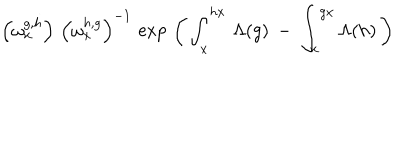
LaTeX: \left( \omega _ { x } ^ { g , h } \right) \, \left( \omega _ { x } ^ { h , g } \right) ^ { - 1 } \, \exp \, \left( \, \int _ { x } ^ { h x } \, \Lambda ( g ) \: - \: \int _ { x } ^ { g x } \Lambda ( h ) \, \right)